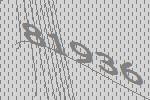
81936